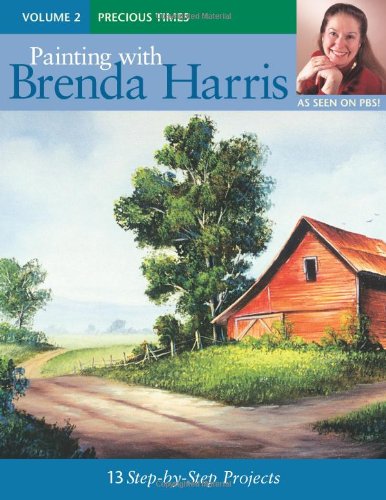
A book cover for Painting with Brenda Harris, Volume 2 - Precious Times; Brenda Harris; Arts & Photography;